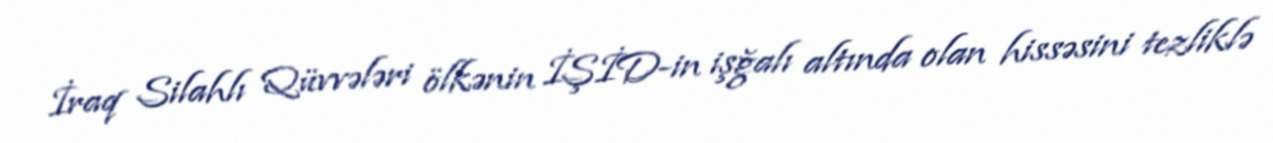
İraq Silahlı Qüvvələri ölkənin İŞİD-in işğalı altında olan hissəsini tezliklə